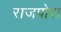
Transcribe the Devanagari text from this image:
राजपोरा